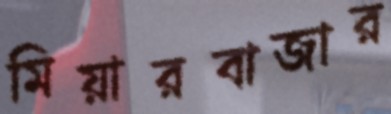
মিয়ারবাজার